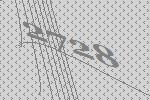
2728